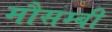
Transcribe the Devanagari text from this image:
मौसम्बी